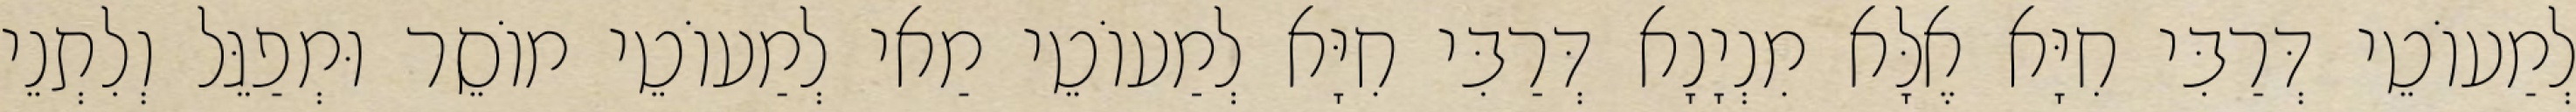
לְמַעוֹטֵי דְּרַבִּי חִיָּא אֶלָּא מִנְיָנָא דְּרַבִּי חִיָּא לְמַעוֹטֵי מַאי לְמַעוֹטֵי מוֹסֵר וּמְפַגֵּל וְלִתְנֵי